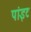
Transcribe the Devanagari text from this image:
पांइट